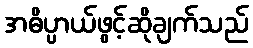
အဓိပ္ပာယ်ဖွင့်ဆိုချက်သည်